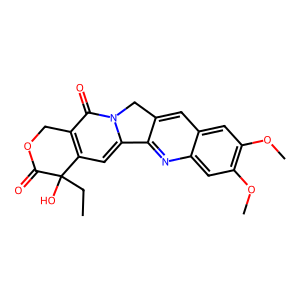
SMILES: CCC1(O)C(=O)OCc2c1cc1n(c2=O)Cc2cc3cc(OC)c(OC)cc3nc2-1
Inhibits HIV replication: No